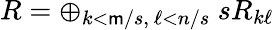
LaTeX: R=\oplus_{k<\mathsf{m}/s,\ \ell<n/s}\ sR_{k\ell}